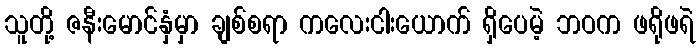
သူတို့ ဇနီးမောင်နှံမှာ ချစ်စရာ ကလေးငါးယောက် ရှိပေမဲ့ ဘဝက ဖရိုဖရဲ